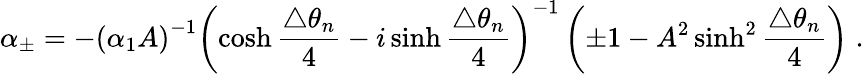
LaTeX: \alpha_{\pm}=-\left(\alpha_{1}A\right)^{-1}\left(\cosh\frac{\triangle\theta_{n}}{4}-i\sinh\frac{\triangle\theta_{n}}{4}\right)^{-1}\left(\pm 1-A^{2}\sinh^{2}\frac{\triangle\theta_{n}}{4}\right)\; .